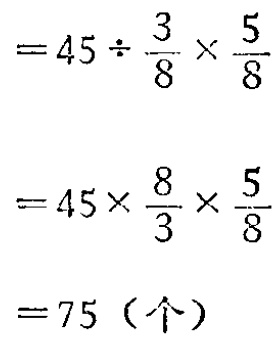
\[

\begin{align*}

&=45\div\frac{3}{8}\times\frac{5}{8}\\

&=45\times\frac{8}{3}\times\frac{5}{8}\\

& = 75 (\text{个})

\end{align*}

\]